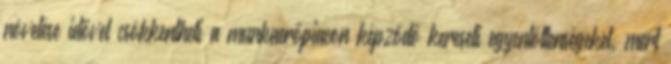
növelése idővel csökkentheti a munkaerőpiacon képződő kereseti egyenlőtlenségeket, mert